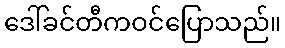
ဒေါ်ခင်တီကဝင်ပြောသည်။